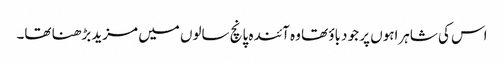
اس کی شاہراہوں پر جو دباؤ تھا وہ آئندہ پانچ سالوں میں مزید بڑھنا تھا۔